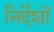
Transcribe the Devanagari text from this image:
निर्देंशों